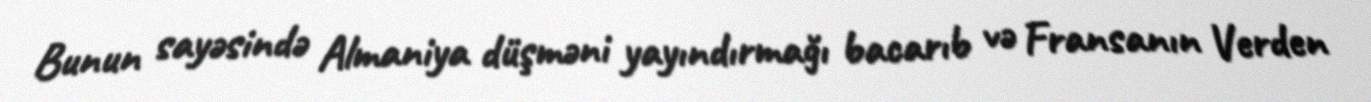
Bunun sayəsində Almaniya düşməni yayındırmağı bacarıb və Fransanın Verden